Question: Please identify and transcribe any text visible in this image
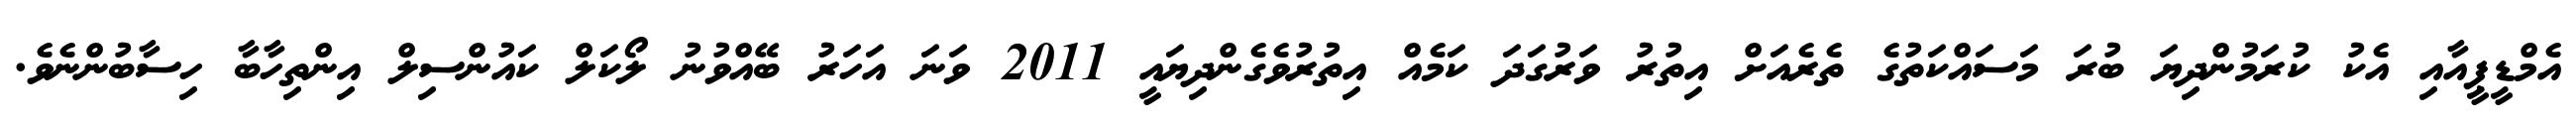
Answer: އެމްޑީޕީއާއި އެކު ކުރަމުންދިޔަ ބުރަ މަސައްކަތުގެ ތެރެއަށް އިތުރު ވަރުގަދަ ކަމެއް އިތުރުވެގެންދިޔައީ 2011 ވަނަ އަހަރު ބޭއްވުނު ލޯކަލް ކައުންސިލް އިންތިހާބާ ހިސާބުންނެވެ.